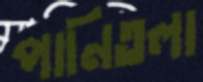
পানিতলা